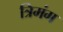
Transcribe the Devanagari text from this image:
त्रिमंग